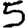
Digit: 5